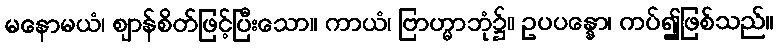
မနောမယံ၊ ဈာန်စိတ်ဖြင့်ပြီးသော။ ကာယံ၊ ဗြာဟ္မာဘုံ၌။ ဥပပန္နော၊ ကပ်၍ဖြစ်သည်။